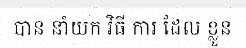
បាន នាំយក វិធី ការ ដែល ខ្លួន